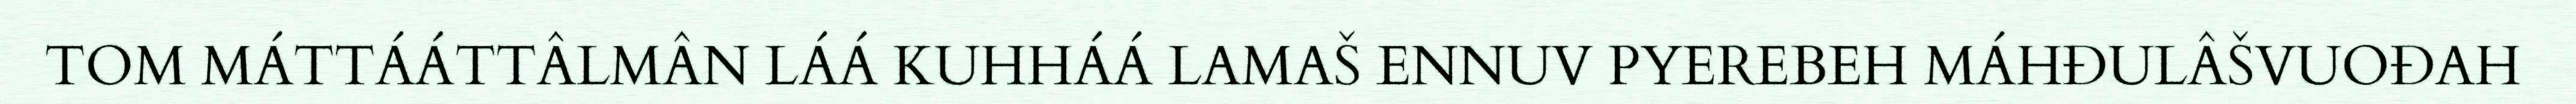
TOM MÁTTÁÁTTÂLMÂN LÁÁ KUHHÁÁ LAMAŠ ENNUV PYEREBEH MÁHĐULÂŠVUOĐAH